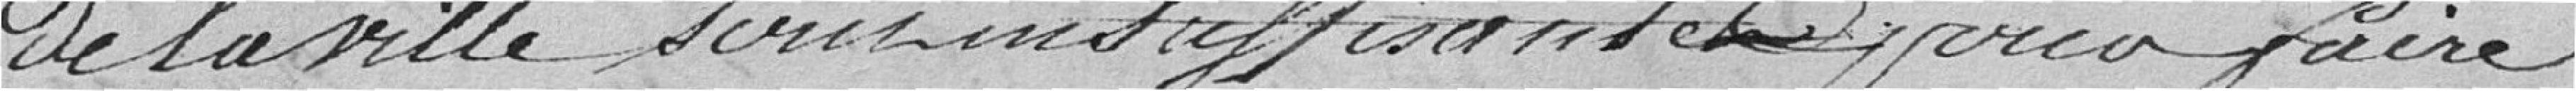
de la Ville sera insuffisante pour faire